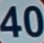
40